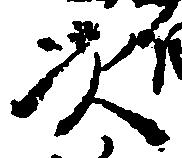
次